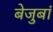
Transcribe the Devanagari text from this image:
बेजुबां